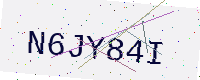
Text: N6JY84I